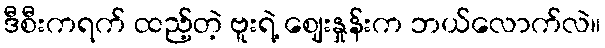
ဒီစီးကရက် ထည့်တဲ့ ဗူးရဲ့ ဈေးနှုန်းက ဘယ်လောက်လဲ။